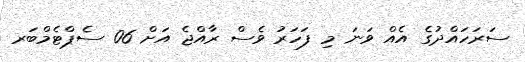
ސަރަހައްދުގެ އެއް ވަނަ މި ފަހަރު ވެސް ރާއްޖެ އަށް 06 ސެޕްޓެމްބަރ